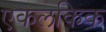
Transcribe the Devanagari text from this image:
एकलकिक